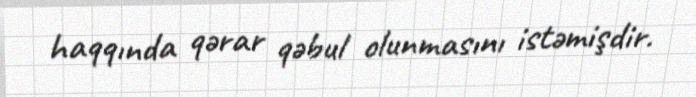
haqqında qərar qəbul olunmasını istəmişdir.